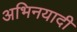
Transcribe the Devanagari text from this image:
अभिनयादी